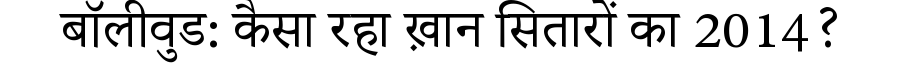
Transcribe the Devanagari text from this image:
बॉलीवुड: कैसा रहा ख़ान सितारों का 2014?